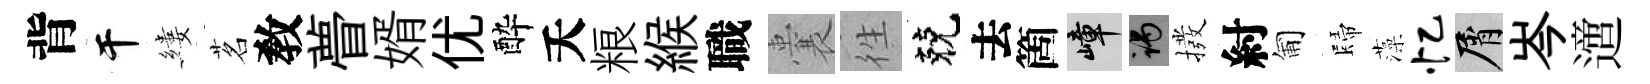
背干縷茗敎瞢婿优酔夭粮緱職囊徃兢去箇嶂谒撥紂匍歸藻忆屑岑𨗁